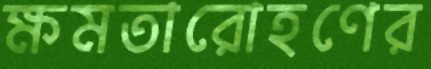
ক্ষমতারোহণের